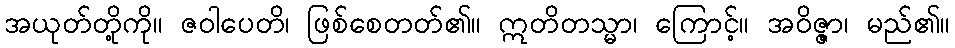
အယုတ်တို့ကို။ ဇဝါပေတိ၊ ဖြစ်စေတတ်၏။ ဣတိတသ္မာ၊ ကြောင့်။ အဝိဇ္ဇာ၊ မည်၏။